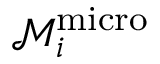
\mathcal { M } _ { i } ^ { \mathrm { m i c r o } }